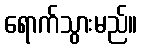
ရောက်သွားမည်။